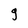
Character: g